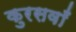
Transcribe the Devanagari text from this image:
कुरसवाँ